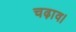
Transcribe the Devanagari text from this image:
चढ़ाव।